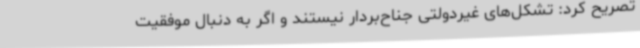
تصریح کرد: تشکل‌های غیردولتی جناح‌بردار نیستند و اگر به دنبال موفقیت